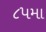
૮૫મા